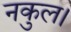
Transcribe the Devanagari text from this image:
नकुल।